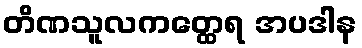
တိဏသူလကတ္ထေရ အပဒါန